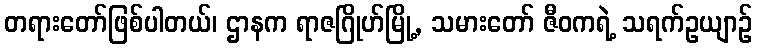
တရားတော်ဖြစ်ပါတယ်၊ ဌာနက ရာဇဂြိုဟ်မြို့, သမားတော် ဇီဝကရဲ့ သရက်ဥယျာဉ်